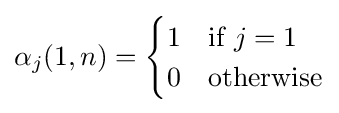
\alpha _{j}(1,n)={\begin{cases}1&{\mbox{if }}j=1\\0&{\mbox{otherwise}}\end{cases}}